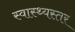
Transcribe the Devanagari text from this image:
स्वास्थ्यस्तर